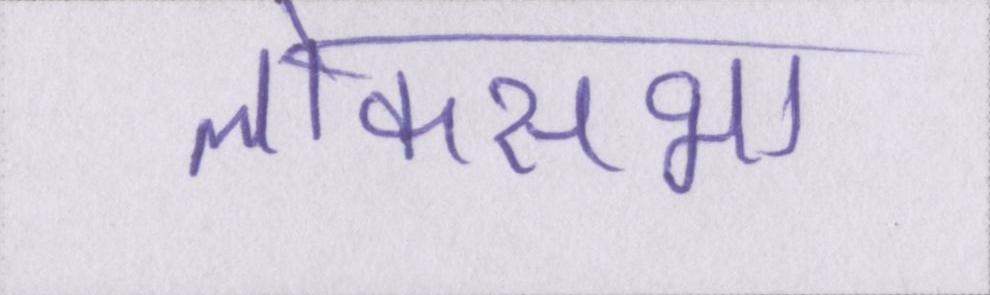
लोकसभा